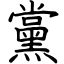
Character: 黨